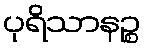
ပုရိသာနဉ္စ